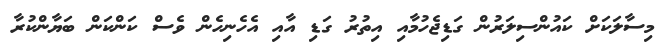
މިސާލަކަށް ކައުންސިލަރުން ގަޑިޖެހުމާއި އިތުރު ގަޑި އާއި އެހެނިހެން ވެސް ކަންކަން ބަޔާންކުރާ